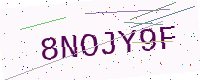
Text: 8NOJY9F